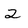
Character: 2